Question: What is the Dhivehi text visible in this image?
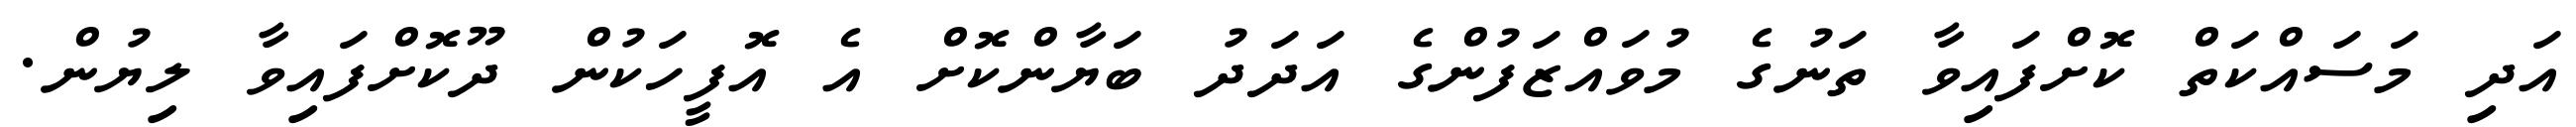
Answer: އަދި މަސައްކަތް ކޮށްފައިވާ ތަނުގެ މުވައްޒަފުންގެ އަދަދު ބަޔާންކޮށް އެ އޮފީހަކުން ދޫކޮށްފައިވާ ލިޔުން.